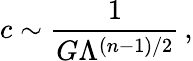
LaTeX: c\sim{\frac{1}{G\Lambda^{(n-1)/2}}}\, ,